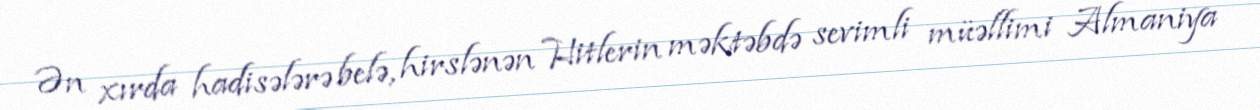
Ən xırda hadisələrə belə, hirslənən Hitlerin məktəbdə sevimli müəllimi Almaniya